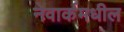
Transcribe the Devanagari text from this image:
नेवार्कमधील